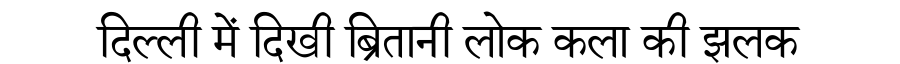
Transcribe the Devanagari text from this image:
दिल्ली में दिखी ब्रितानी लोक कला की झलक